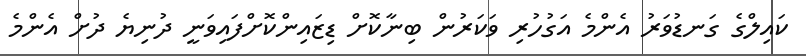
ކައިލްގެ ގަނޑުވަރު އެންމެ އަގުހުރި ވަކަރުން ބިނާކޮށް ޑިޒައިންކޮށްފައިވަނީ ދުނިޔެ ދުށް އެންމެ